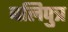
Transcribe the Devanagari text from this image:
बलिपुत्र